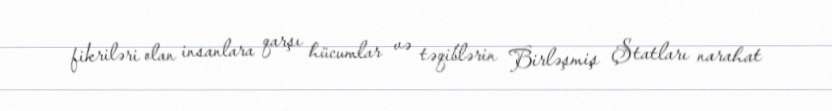
fikriləri olan insanlara qarşı hücumlar və təqiblərin Birləşmiş Ştatları narahat